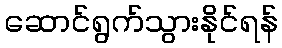
ဆောင်ရွက်သွားနိုင်ရန်